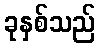
ခုနှစ်သည်